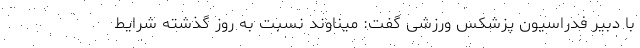
با دبیر فدراسیون پزشکس ورزشی گفت: میناوند نسبت به روز گذشته شرایط